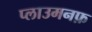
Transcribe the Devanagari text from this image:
प्लाउमनफ़